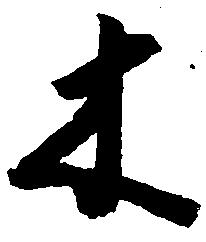
木